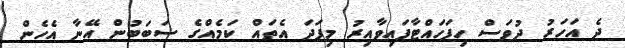
ދެ އަހަރު ދުވަސް ހިފަހައްޓާފައިވާއިރު މިފަދަ އެތައް ކަމެއްގެ ސަބަބުން އޭނާ އެހެން